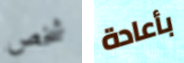
شخص بأعادة